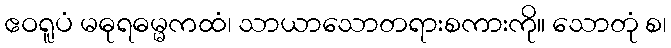
ဧဝရူပံ မဓုရဓမ္မကထံ၊ သာယာသောတရားစကားကို။ သောတုံ စ၊